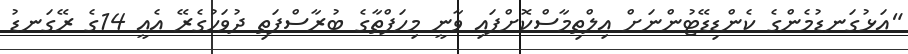
"އަޅުގަނޑުމެންގެ ކެންޑިޑޭޓުންނަށް އިލްތިމާސްކޮށްފައި ވާނީ މިހަފްތާގެ ބުރާސްފަތި ދުވަހުގެރޭ އެއީ 14ގެ ރޭގަނޑު